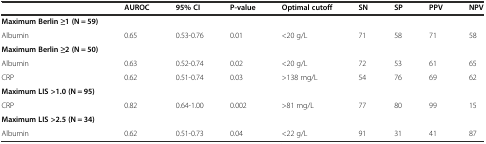
<table><thead><tr><td></td><td><b>AUROC</b></td><td><b>95% CI</b></td><td><b>P-value</b></td><td><b>Optimal cutoff</b></td><td><b>SN</b></td><td><b>SP</b></td><td><b>PPV</b></td><td><b>NPV</b></td></tr></thead><tbody><tr><td><b>Maximum Berlin ≥1 (N = 59)</b></td><td></td><td></td><td></td><td></td><td></td><td></td><td></td><td></td></tr><tr><td>Albumin</td><td>0.65</td><td>0.53-0.76</td><td>0.01</td><td>&lt;20 g/L</td><td>71</td><td>58</td><td>71</td><td>58</td></tr><tr><td><b>Maximum Berlin ≥2 (N = 50)</b></td><td></td><td></td><td></td><td></td><td></td><td></td><td></td><td></td></tr><tr><td>Albumin</td><td>0.63</td><td>0.52-0.74</td><td>0.02</td><td>&lt;20 g/L</td><td>72</td><td>53</td><td>61</td><td>65</td></tr><tr><td>CRP</td><td>0.62</td><td>0.51-0.74</td><td>0.03</td><td>&gt;138 mg/L</td><td>54</td><td>76</td><td>69</td><td>62</td></tr><tr><td><b>Maximum LIS &gt;1.0 (N = 95)</b></td><td></td><td></td><td></td><td></td><td></td><td></td><td></td><td></td></tr><tr><td>CRP</td><td>0.82</td><td>0.64-1.00</td><td>0.002</td><td>&gt;81 mg/L</td><td>77</td><td>80</td><td>99</td><td>15</td></tr><tr><td><b>Maximum LIS &gt;2.5 (N = 34)</b></td><td></td><td></td><td></td><td></td><td></td><td></td><td></td><td></td></tr><tr><td>Albumin</td><td>0.62</td><td>0.51-0.73</td><td>0.04</td><td>&lt;22 g/L</td><td>91</td><td>31</td><td>41</td><td>87</td></tr></tbody></table>